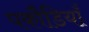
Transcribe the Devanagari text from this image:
पकौडि़याँ